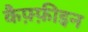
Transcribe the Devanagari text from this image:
कैफ़्फ़ीइन